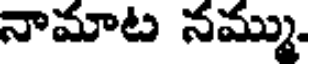
నామాట నమ్ము.